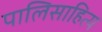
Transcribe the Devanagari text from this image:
पालिसाहित्य